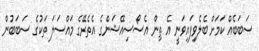
ސަބަބެއް ކަމަށް ބެލެވިފައިވަނީ އެ ތިން އެސޯސިއޭޝަންގެ އެތެރޭގެ މައްސަލަ ތަކުގެ ސަބަބުން